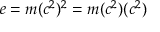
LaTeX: e = m ( c ^ { 2 } ) ^ { 2 } = m ( c ^ { 2 } ) ( c ^ { 2 } )